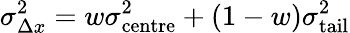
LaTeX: \sigma_{\Delta x}^{2}=w\sigma_{\mathrm{centre}}^{2}+(1-w)\sigma_{\mathrm{tail}}^{2}